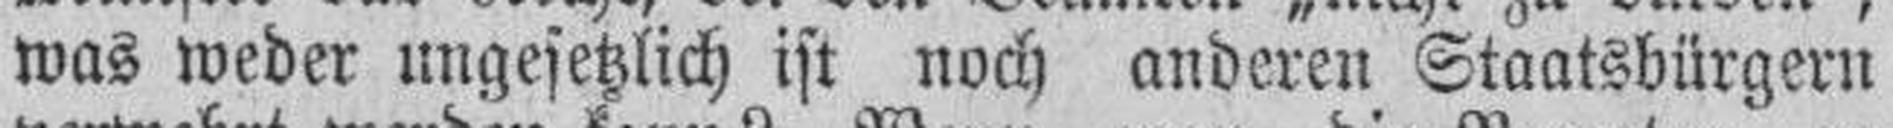
was weder ungesetzlich ist noch anderen Staatsbürgern